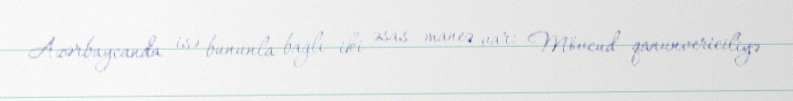
Azərbaycanda isə bununla bağlı iki əsas maneə var: Mövcud qanunvericiliyə